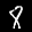
Label: 8